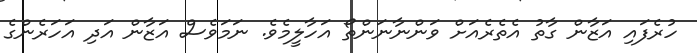
ހުރެފައި އަޒާން ގާތު އެތެރެއަށް ވަންނާނަންތޯ އަހާލީމެވެ. ނަމަވެސް އަޒާން އަދި އަހަރެންގެ